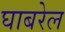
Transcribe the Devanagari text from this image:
घाबरेल